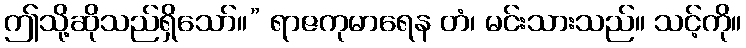
ဤသို့ဆိုသည်ရှိသော်။” ရာဇကုမာရေန တံ၊ မင်းသားသည်။ သင့်ကို။